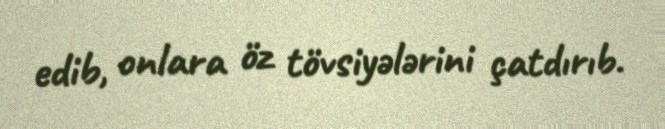
edib, onlara öz tövsiyələrini çatdırıb.